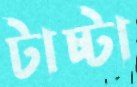
টাচ্টা